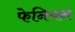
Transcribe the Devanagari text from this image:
फेनियन